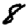
Digit: 8